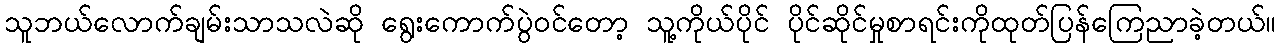
သူဘယ်လောက်ချမ်းသာသလဲဆို ရွေးကောက်ပွဲဝင်တော့ သူ့ကိုယ်ပိုင် ပိုင်ဆိုင်မှုစာရင်းကိုထုတ်ပြန်ကြေညာခဲ့တယ်။